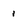
Character: 1